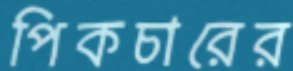
পিকচারের